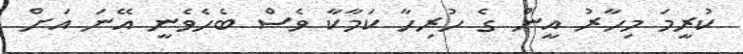
ކުރީމަ މިހާރު އީން ގެ ހުރިހާ ކަމާކާ ވެސް ބެހެވެނީ އޭނަ އަށް